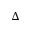
\Delta